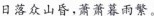
日落众山昏，萧萧暮雨繁。